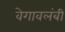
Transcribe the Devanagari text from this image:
वेगावलंबी